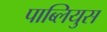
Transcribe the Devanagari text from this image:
पाब्लियुस